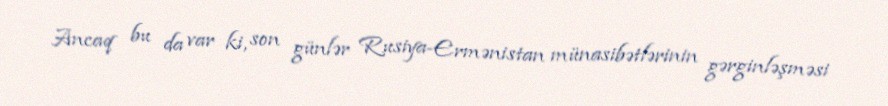
Ancaq bu da var ki, son günlər Rusiya-Ermənistan münasibətlərinin gərginləşməsi